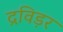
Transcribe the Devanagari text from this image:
द्रविड़र